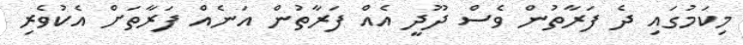
މިކަމުގައި ދެ ފަރާތުން ވެސް ދޫދީ އެއް ފަރާތުން އަނެއް ފަރާތަށް އެކުވެރި